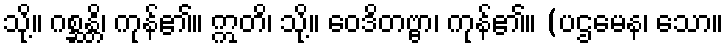
သို့။ ဂစ္ဆန္တိ၊ ကုန်၏။ ဣတိ၊ သို့။ ဝေဒိတဗ္ဗာ၊ ကုန်၏။ (ပဌမေန၊ သော။